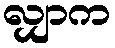
လျှာက